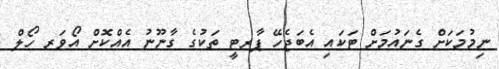
ނިމުމަކަށް ގެނައުމަށް ޓަކައި އެބަޖެހޭ ޕާރޓީ ތަކުގެ ގާނޫނު އެއްކޮށް އޯވަރ ހޯލް